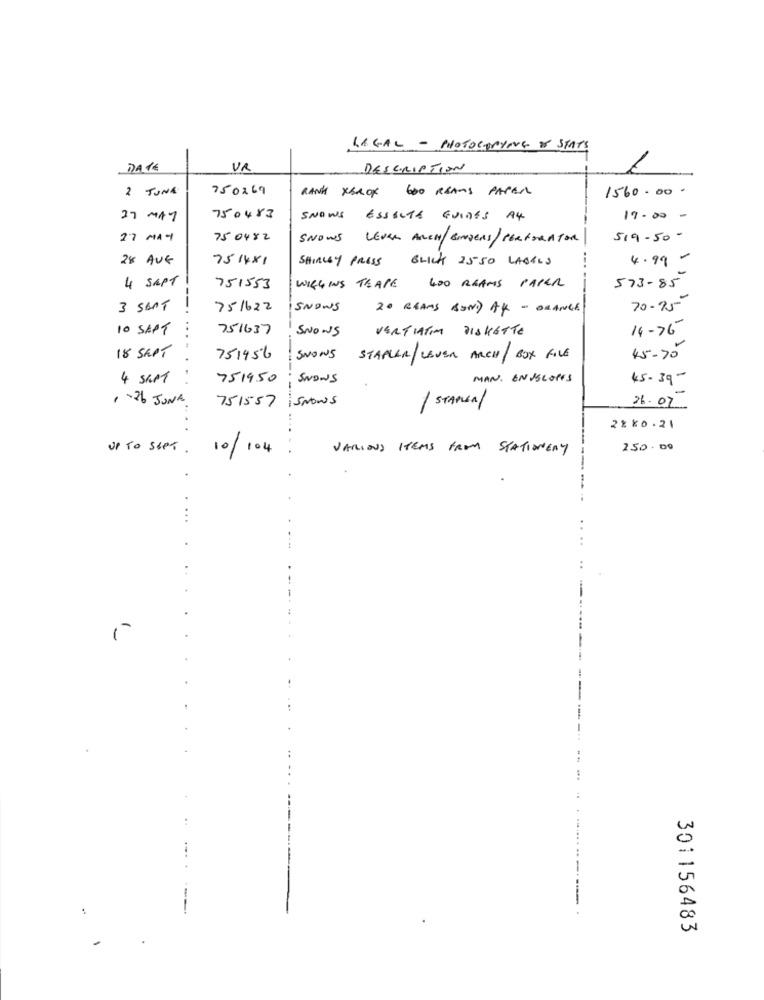
LEGAL - PHOTOCOPYING & STATS
VR
DESCRIPTION
2 TUNA
750269
RANK XEROX 600 REAMS PAPEL
1560.000
27 MAY
750483
SNOWS ESSELTE GUIDES A4
19.00 -
27 MAY
75 0482
SNOWS LEVER ARCH/ GRADERS/ PERFORATOR
519-50 -
28 AUG
751481
SHIRLEY PRESS
BLICK 2550 LABELS
4.99 -
4 SAPT
WIGGINS TEAPE 400 REAMS PAPER
573-85
751553
70-95-
3 SAAT
751622
SNOWS
20 BEAMS BOND AK - ORANGE
10 SEPT
751637
SNOWS
VERTIATIM DISKETTE
14-76-
45-70
18 SEPT
751956
SNOWS
STAPLER/LEVEN ARCH / BOX FILE
4 SEPT
751450
SNOWS
MAN. EN VELOPES
45.39-
1 - 26 JUNE.
SNOWs
751557
1 STARSA/
26.07
2%10. 21
UP TO SEPT.
10/104
VARIOUS ITEMS FROM STATIONERY
250. 00
...
..
---
301156483